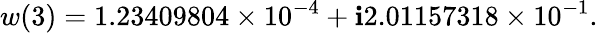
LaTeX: w(3)=1.23409804\times10^{-4}+\mathbf{i}2.01157318\times10^{-1}.